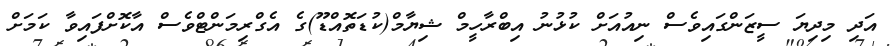
އަދި މިިދިޔަ ސީޒަންގައިވެސް ނިއުއަށް ކުޅުނު އިބްރާހީމް ޝިޔާމް(ކުޑަތޮއްޑޫ)ގެ އެގްރިމަންޓްވެސް އާކޮށްފައިވާ ކަމަށް